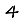
Digit: 4